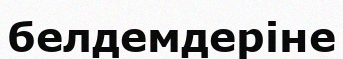
белдемдеріне